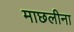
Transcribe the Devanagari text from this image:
माछलीना